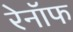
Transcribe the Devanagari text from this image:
रेनॉफ